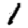
Digit: 1